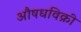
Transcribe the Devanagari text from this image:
औषधविक्री